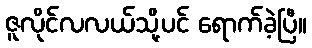
ဇူလိုင်လလယ်သို့ပင် ရောက်ခဲ့ပြီ။